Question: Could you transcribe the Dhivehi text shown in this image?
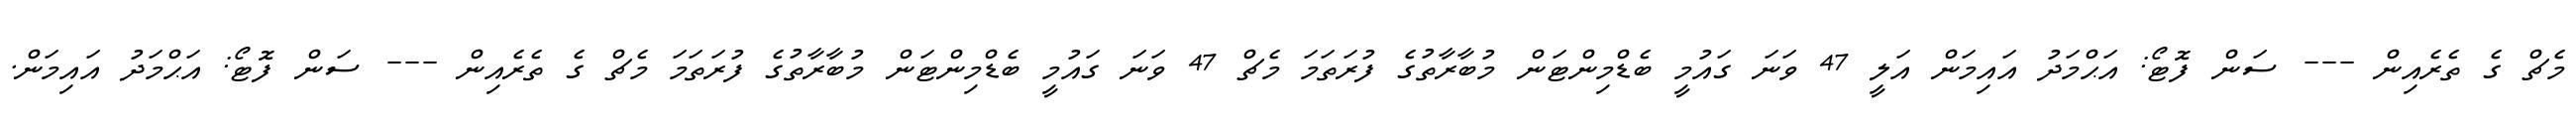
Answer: މެޗް ގެ ތެރެއިން --- ސަން ފޮޓޯ: އަޙްމަދު އައިމަން އަލީ 47 ވަނަ ގައުމީ ބެޑްމިންޓަން މުބާރާތުގެ ފުރަތަމަ މެޗް 47 ވަނަ ގައުމީ ބެޑްމިންޓަން މުބާރާތުގެ ފުރަތަމަ މެޗް ގެ ތެރެއިން --- ސަން ފޮޓޯ: އަޙްމަދު އައިމަން.